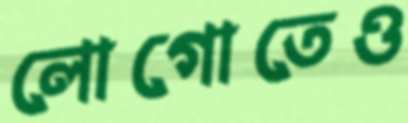
লোগোতেও